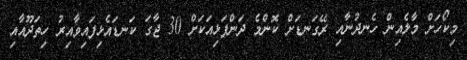
މިކޯހަށް މާލެއިން ހެނދުނާއި ރޭގަނޑަށް ކޮންމެ ދަންފަޅިއަކަށް 30 ޖާގަ ކަނޑައެޅިފައިވާއިރު ހިތަދޫއާއި